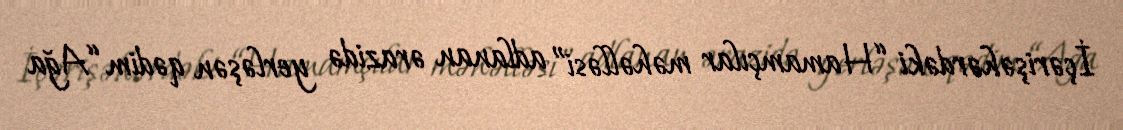
İçərişəhərdəki “Hamamçılar məhəlləsi” adlanan ərazidə yerləşən qədim “Ağa